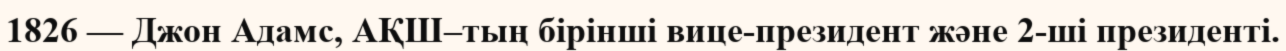
1826 — Джон Адамс, АҚШ–тың бірінші вице-президент және 2-ші президенті.